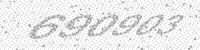
Solution: 690903